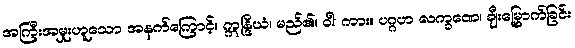
အကြီးအမှုးဟူသော အနက်ကြောင့်။ ဣန္ဒြိယံ၊ မည်၏။ ဝါ၊ ကား။ ပဂ္ဂဟ လက္ခဏေ၊ ချီးမြှောက်ခြင်း